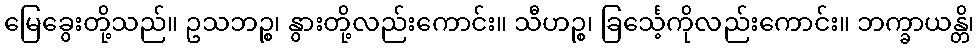
မြေခွေးတို့သည်။ ဥသဘဉ္စ၊ နွားတို့လည်းကောင်း။ သီဟဉ္စ၊ ခြင်္သေ့ကိုလည်းကောင်း။ ဘက္ခာယန္တိ၊